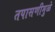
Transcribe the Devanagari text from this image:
तपासणीमुळे